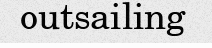
outsailing